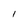
Character: I